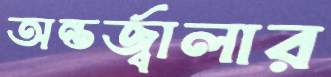
অন্তর্জ্বালার